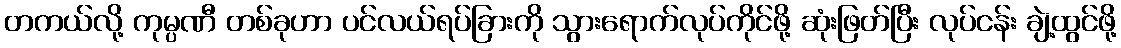
တကယ်လို့ ကုမ္ပဏီ တစ်ခုဟာ ပင်လယ်ရပ်ခြားကို သွားရောက်လုပ်ကိုင်ဖို့ ဆုံးဖြတ်ပြီး လုပ်ငန်း ချဲ့ထွင်ဖို့